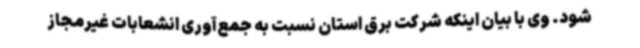
شود. وی با بیان اینکه شرکت برق استان نسبت به جمع‌آوری انشعابات غیرمجاز